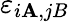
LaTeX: \varepsilon_{i\mathbf{A},jB}